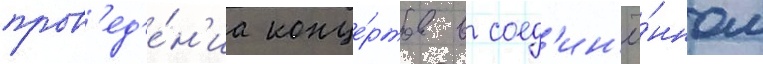
пров'ед'е́н'иа конце́ртов в соед'ин'ё́нном